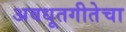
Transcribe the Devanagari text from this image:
अवधूतगीतेचा